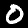
Label: 0